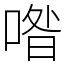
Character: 喒